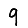
Digit: 9